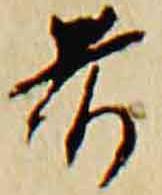
前